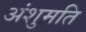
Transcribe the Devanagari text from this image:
अंशुमति